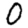
Digit: 0